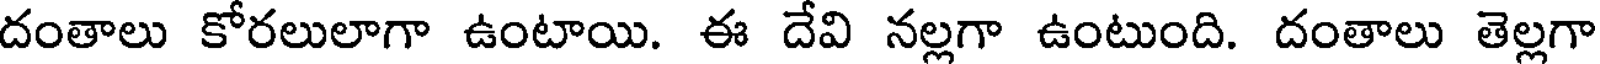
దంతాలు కోరలులాగా ఉంటాయి. ఈ దేవి నల్లగా ఉంటుంది. దంతాలు తెల్లగా